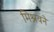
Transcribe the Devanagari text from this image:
मिश्रवने